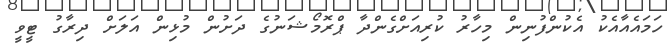
ހަމައެއާއެކު އެކުންފުނިން މިހާރު ކުރިއަށްގެންދާ ޕްރޮމޯޝަނުގެ ދަށުން މުޅިން އަލަށް ދިރާގު ޓީވީ